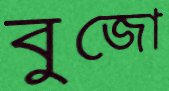
বুজো